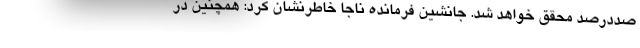
صددرصد محقق خواهد شد. جانشین فرمانده ناجا خاطرنشان کرد: همچنین در